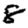
Digit: 8